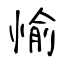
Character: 愉